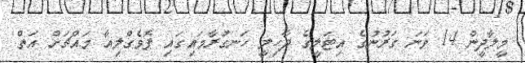
މީލާދީން 14 ވަނަ ގަރުނުގެ އިޓަލީގެ ދާހިލީ ހަނގުރާމައިގައި ޕޮވެގްލިއާ މައްޗަށް އަތް